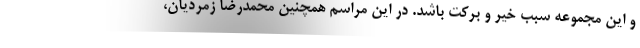
و این مجموعه سبب خیر و برکت باشد. در این مراسم همچنین محمدرضا زمردیان،